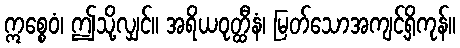
ဣစ္စေဝံ၊ ဤသို့လျှင်။ အရိယဝုတ္ထီနံ၊ မြတ်သောအကျင့်ရှိကုန်။